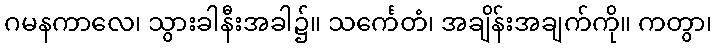
ဂမနကာလေ၊ သွားခါနီးအခါ၌။ သင်္ကေတံ၊ အချိန်းအချက်ကို။ ကတွာ၊